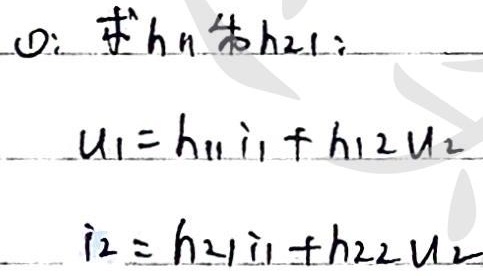
\textcircled{1}: 求\(h_{11}\)和\(h_{21}\):
\[
\begin{align*}
u_1&=h_{11}i_1 + h_{12}u_2\\
i_2&=h_{21}i_1 + h_{22}u_2
\end{align*}
\]